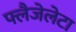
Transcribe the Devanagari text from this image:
फ्लैजेलेटा